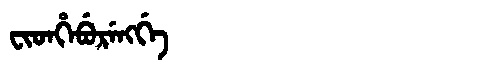
Manchu: ᠸᡳᡨᡥᡝᠪᡠᡵᡝᠩᡤᡝ
Romanization: FITHEBURENGGE